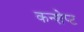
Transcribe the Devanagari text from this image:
कन्शेप्ट